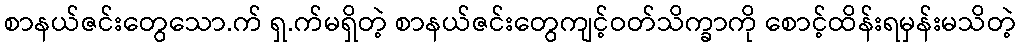
စာနယ်ဇင်းတွေသော.က် ရှ.က်မရှိတဲ့ စာနယ်ဇင်းတွေကျင့်ဝတ်သိက္ခာကို စောင့်ထိန်းရမှန်းမသိတဲ့